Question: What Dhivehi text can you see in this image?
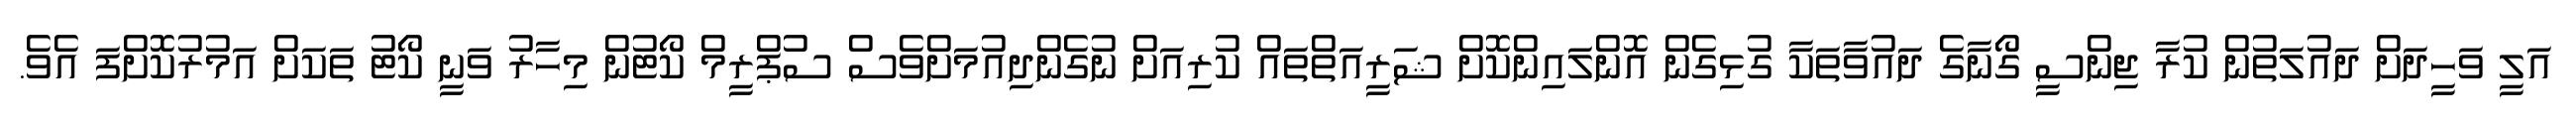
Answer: އަލީ ވަހީދަށް ދައުލަތުން ކުރާ ޖިންސީ ގޯނާގެ ދައުވާތަކާ ގުޅިގެން އޮންލައިންކޮށް ޝަރީއަތްތައް ކުރިއަށް ނުގެންދިއުމަށްވެސް ސުޕްރީމް ކޯޓުން މިހާރު ވަނީ ކޯޓު ތަކަށް އަމުރުކޮށްފަ އެވެ.